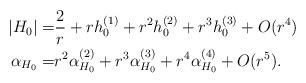
LaTeX: \begin{align*}|H_0| = & \frac{2}{r} + r h_0^{(1)} + r^2 h_0^{(2)}+ r^3 h_0^{(3)}+O(r^4) \\\alpha_{H_0} = & r^2 \alpha_{H_0}^{(2)}+ r^3 \alpha_{H_0}^{(3)}+ r^4 \alpha_{H_0}^{(4)}+ O(r^{5}).\end{align*}